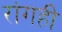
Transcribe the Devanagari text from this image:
रांगही